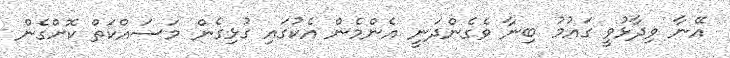
އޭނާ ވިދާޅުވީ ގައުމު ބިނާ ވެގެންދަނީ އެންމެން އެކުގައި ގުޅިގެން މަސައްކަތް ކޮށްގެން